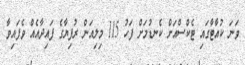
ވަނަ ކުއާޓާގައި ޓެކްސްއަށް ކެނޑުމަށް ފަހު 115 މިލިއަން ރުފިޔާގެ ފައިދާއެއް ވެފައިވާ